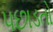
પછાડતો